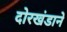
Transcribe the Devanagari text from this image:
दोरखंडाने